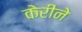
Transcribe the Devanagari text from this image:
केरीने